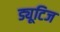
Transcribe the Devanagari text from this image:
ड्यूटिज